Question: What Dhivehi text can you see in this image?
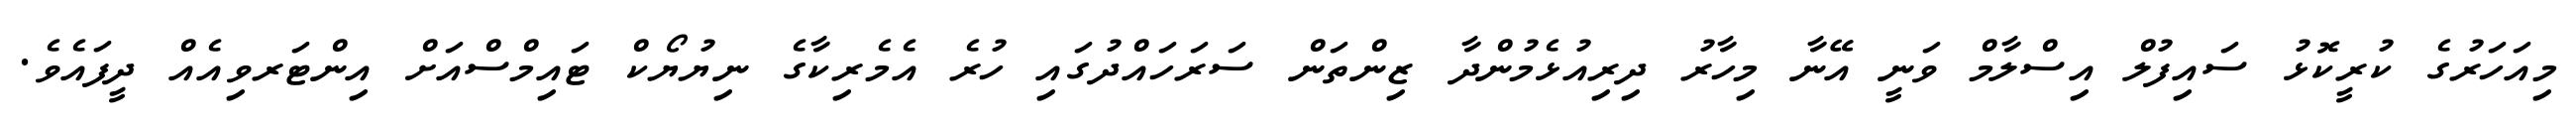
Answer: މިއަހަރުގެ ކުރީކޮޅު ސައިފުލް އިސްލާމް ވަނީ އޭނާ މިހާރު ދިރިއުޅެމުންދާ ޒިންތަން ސަރަހައްދުގައި ހުރެ އެމެރިކާގެ ނިޔުޔޯކް ޓައިމްސްއަށް އިންޓަރވިއެއް ދީފައެވެ.